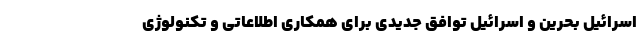
اسرائیل بحرین و اسرائیل توافق جدیدی برای همکاری اطلاعاتی و تکنولوژی